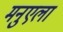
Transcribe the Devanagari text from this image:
मनुएला